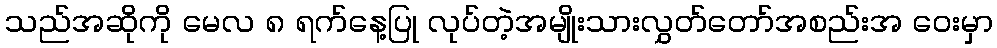
သည်အဆိုကို မေလ ၈ ရက်နေ့ပြု လုပ်တဲ့အမျိုးသားလွှတ်တော်အစည်းအ ဝေးမှာ